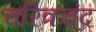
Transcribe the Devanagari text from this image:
चरित्रचंद्र